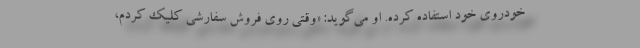
خودروی خود استفاده کرده. او می‌گوید: «وقتی روی فروش سفارشی کلیک کردم،